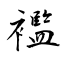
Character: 襤